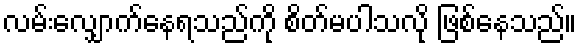
လမ်းလျှောက်နေရသည်ကို စိတ်မပါသလို ဖြစ်နေသည်။